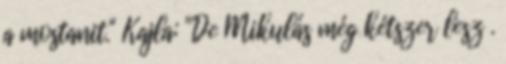
a mostanit." Kajla: "De Mikulás még kétszer lesz .